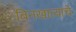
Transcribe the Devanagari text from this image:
बिनखात्याचे